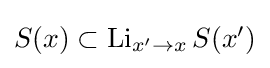
{\textstyle S(x)\subset \mathop {\mathrm {Li} } _{x'\to x}S(x')}